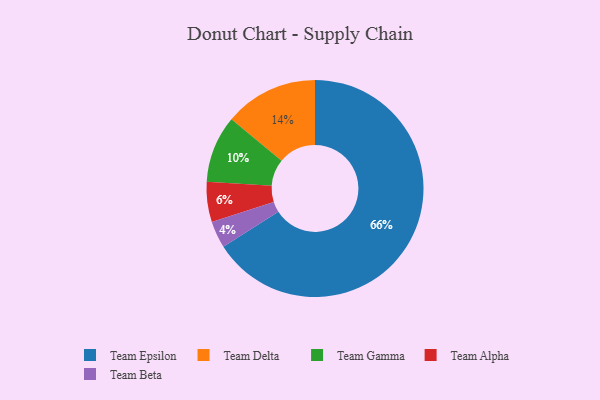
{"axis": {"x": "Category", "y": "Percentage"}, "legend": ["Team Alpha", "Team Beta", "Team Delta", "Team Epsilon", "Team Gamma"], "data": [{"x": "Team Delta", "y": 14, "type": "Team Delta"}, {"x": "Team Gamma", "y": 10, "type": "Team Gamma"}, {"x": "Team Beta", "y": 4, "type": "Team Beta"}, {"x": "Team Alpha", "y": 6, "type": "Team Alpha"}, {"x": "Team Epsilon", "y": 66, "type": "Team Epsilon"}]}